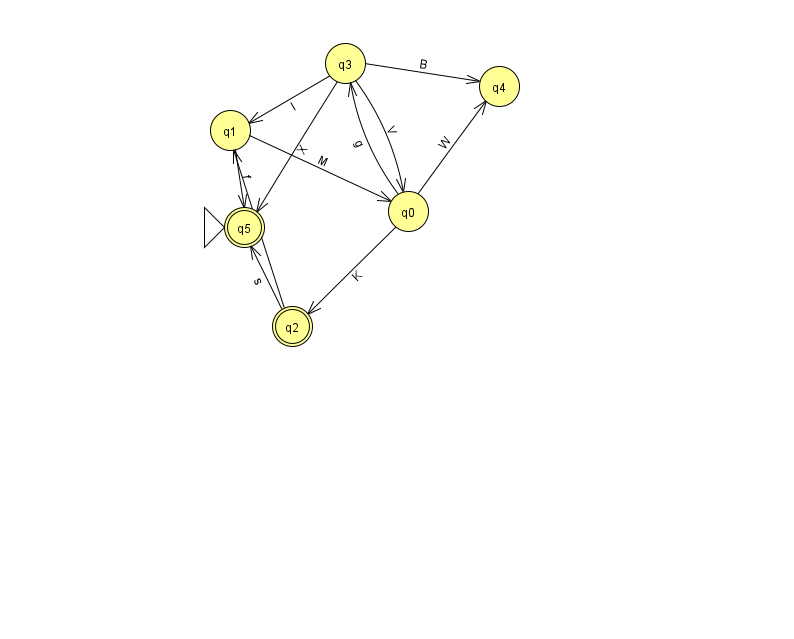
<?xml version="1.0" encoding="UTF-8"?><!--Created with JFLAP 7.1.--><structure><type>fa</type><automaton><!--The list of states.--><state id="0" name="q0"><x>408.0</x><y>198.0</y></state><state id="1" name="q1"><x>230.0</x><y>117.0</y></state><state id="2" name="q2"><x>292.0</x><y>313.0</y><final/></state><state id="3" name="q3"><x>345.0</x><y>50.0</y></state><state id="4" name="q4"><x>499.0</x><y>73.0</y></state><state id="5" name="q5"><x>244.0</x><y>214.0</y><initial/><final/></state><!--The list of transitions.--><transition><from>2</from><to>1</to><read>Y</read></transition><transition><from>2</from><to>5</to><read>s</read></transition><transition><from>3</from><to>5</to><read>X</read></transition><transition><from>1</from><to>0</to><read>M</read></transition><transition><from>0</from><to>4</to><read>W</read></transition><transition><from>0</from><to>3</to><read>g</read></transition><transition><from>3</from><to>1</to><read>I</read></transition><transition><from>3</from><to>0</to><read>V</read></transition><transition><from>0</from><to>2</to><read>K</read></transition><transition><from>3</from><to>4</to><read>B</read></transition><transition><from>1</from><to>5</to><read>f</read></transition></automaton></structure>